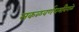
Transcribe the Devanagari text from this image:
सकळवर्णधर्मांवेगळे